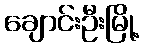
ချောင်းဦးမြို့